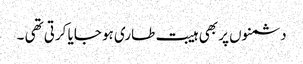
دشمنوں پر بھی ہیبت طاری ہو جایا کرتی تھی ۔